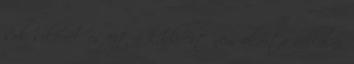
sok sikerrel, és ezt a kudarcot nem akarta vállalni.